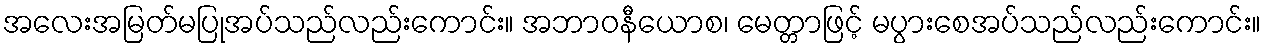
အလေးအမြတ်မပြုအပ်သည်လည်းကောင်း။ အဘာဝနီယောစ၊ မေတ္တာဖြင့် မပွားစေအပ်သည်လည်းကောင်း။